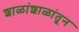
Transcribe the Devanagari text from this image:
शाळांशाळांतून